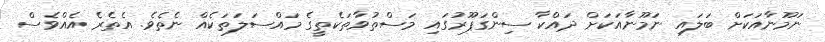
ނަމޫނާއަކަށް ބަލައި ނަމޫނާއަކަށް ދައްކާ ސިންގަޕޫރުގައި މަސްތުވާތަކެތީގެ މައްސަލަތަކެއް ނެތެވެ. އެތެރެ އެއްވެސް